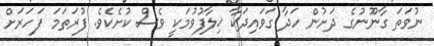
ނުވަތަ ގާނޫނުގެ ދަށުން ހަދާ ގަވައިދަކާ ޚިލާފުވުމަކީ ވެސް ކުށެކެވެ. ފުރަތަމަ ފަހަރަށް